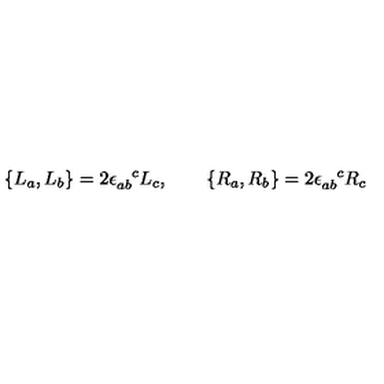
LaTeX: \{ L _ { a } , L _ { b } \} = 2 \epsilon _ { a b } ^ { \phantom { a b } c } L _ { c } , \qquad \{ R _ { a } , R _ { b } \} = 2 \epsilon _ { a b } ^ { \phantom { a b } c } R _ { c }